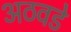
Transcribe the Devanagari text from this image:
अठवडे